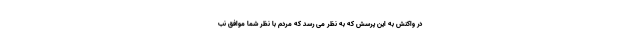
در واکنش به این پرسش که به نظر می رسد که مردم با نظر شما موافق نب